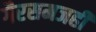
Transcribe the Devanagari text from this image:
गैरसमजही